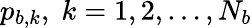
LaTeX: p_{b,k},\; k=1,2,\ldots,N_{b}